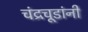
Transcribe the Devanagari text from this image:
चंद्रचूडांनी